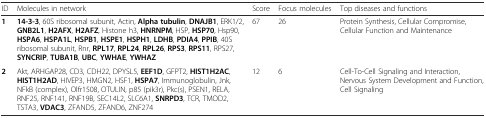
| ID | Molecules in network | Score | Focus molecules | Top diseases and functions |
 | --- | --- | --- | --- | --- |
 | 1 | 14-3-3, 60S ribosomal subunit, Actin, Alpha tubulin, DNAJB1, ERK1/2, GNB2L1, H2AFX, H2AFZ, Histone h3, HNRNPM, HSP, HSP70, Hsp90, HSPA6, HSPA1L, HSPB1, HSPE1, HSPH1, LDHB, PDIA4, PPIB, 40S ribosomal subunit, Rnr, RPL17, RPL24, RPL26, RPS3, RPS11, RPS27, SYNCRIP, TUBA1B, UBC, YWHAE, YWHAZ | 67 | 26 | Protein Synthesis, Cellular Compromise, Cellular Function and Maintenance |
 | 2 | Akt, ARHGAP28, CD3, CDH22, DPYSL5, EEF1D, GFPT2, HIST1H2AC, HIST1H2AD, HIVEP3, HMGN2, HSF1, HSPA7, Immunoglobulin, Jnk, NFkB (complex), Olfr1508, OTULIN, p85 (pik3r), Pkc(s), PSEN1, RELA, RNF25, RNF141, RNF19B, SEC14L2, SLC6A1, SNRPD3, TCR, TMOD2, TSTA3, VDAC3, ZFAND5, ZFAND6, ZNF274 | 12 | 6 | Cell-To-Cell Signaling and Interaction, Nervous System Development and Function, Cell Signaling |